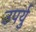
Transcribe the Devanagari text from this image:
उपर्यु